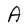
Character: A